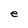
Character: e